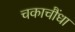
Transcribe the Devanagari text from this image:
चकाचौंधा